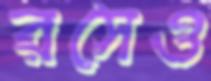
রসেও